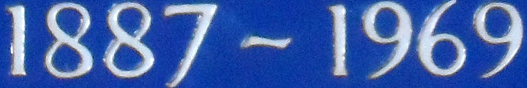
1887 ~ 1969